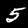
Digit: 5